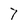
Character: 7